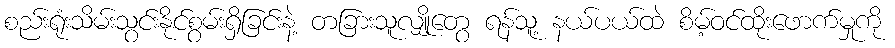
စည်းရုံးသိမ်းသွင်းနိုင်စွမ်းရှိခြင်းနဲ့ တခြားသူလျှိုတွေ ရန်သူ့ နယ်ပယ်ထဲ စိမ့်ဝင်ထိုးဖောက်မှုကို